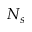
N _ { s }